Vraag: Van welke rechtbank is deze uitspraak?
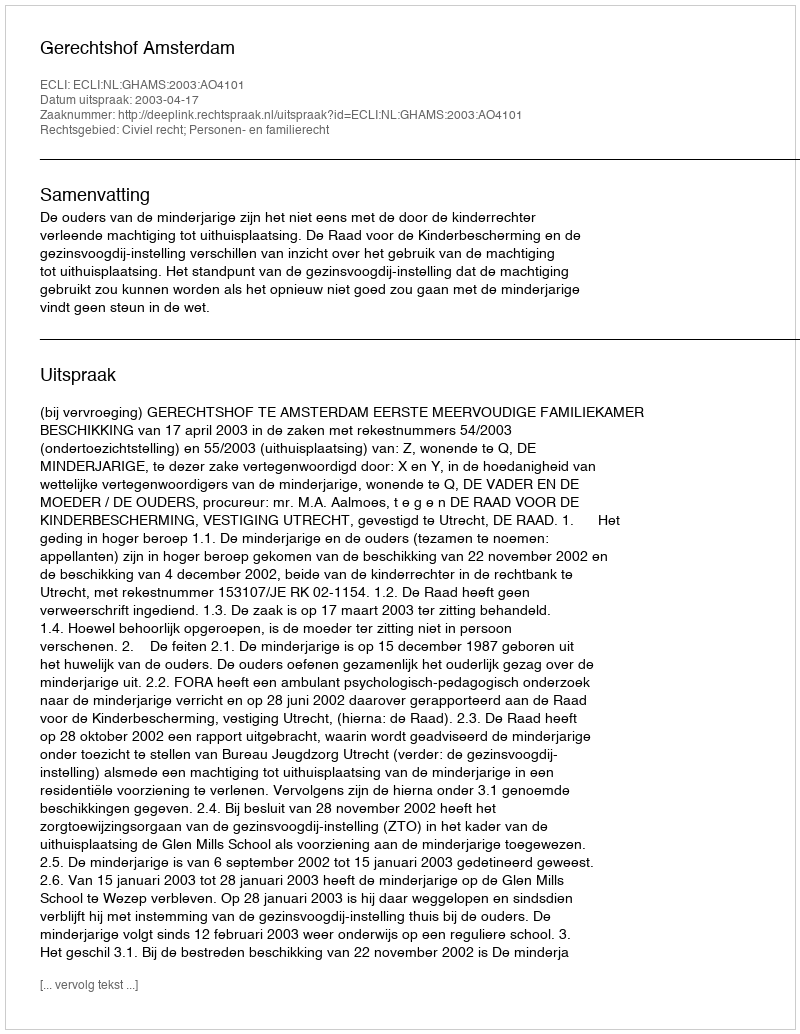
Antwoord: Gerechtshof Amsterdam